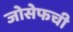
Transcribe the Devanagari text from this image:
जोसेफची